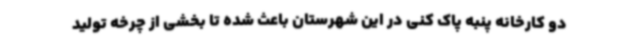
دو کارخانه پنبه پاک کنی در این شهرستان باعث شده تا بخشی از چرخه تولید